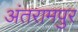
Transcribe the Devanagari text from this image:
अंतरामपुर